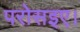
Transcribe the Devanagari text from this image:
परोसइए।